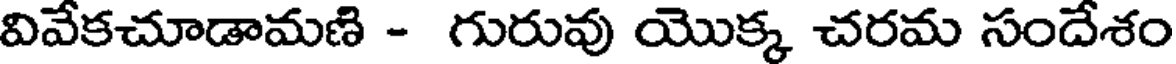
వివేకచూడామణి - గురువు యొక్క చరమ సందేశం